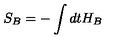
S _ { B } = - \int d t H _ { B }